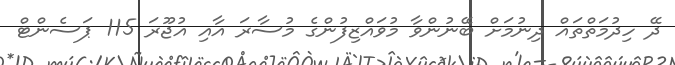
ދޭ ހިދުމަތްތައް ދިނުމަށް ބޭނުންވާ މުވައްޒިފުންގެ މުސާރަ އާއި އުޖޫރަ 115 ޕަސެންޓް